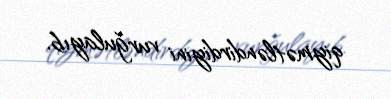
qiymətləndirdiyini vurğulayıb.